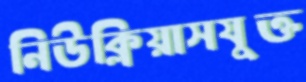
নিউক্লিয়াসযুক্ত